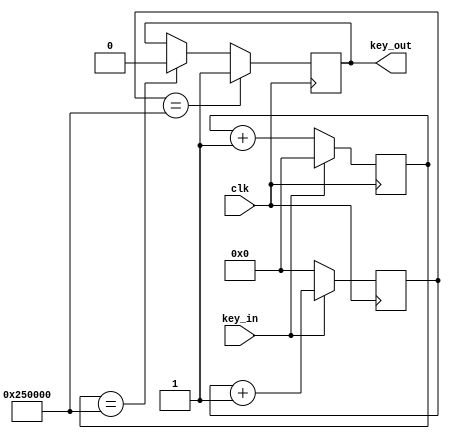
module Vibrate( clk,key_in,key_out);
input clk; 
input key_in;
output key_out;
reg [22:0] count_high;
reg [22:0] count_low;
reg key_reg;
assign key_out = key_reg;
always@( posedge clk )
if( key_in == 1'b0 )
 count_low <= count_low + 1;
else
 count_low <= 23'h 00_0000;
 
always@( posedge clk )
if( key_in == 1'b1 ) 
 count_high <= count_high +1;
else
 count_high <= 23'h 00_0000;
always@( posedge clk )
begin
 if( count_high == 23'h 25_0000 )
  key_reg <= 1'b1;
 else
  if( count_low == 23'h 25_0000 )
   key_reg <= 1'b0;
  else
   key_reg <= key_reg;
end
endmodule